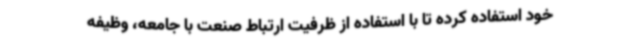
خود استفاده کرده تا با استفاده از ظرفیت ارتباط صنعت با جامعه، وظیفه